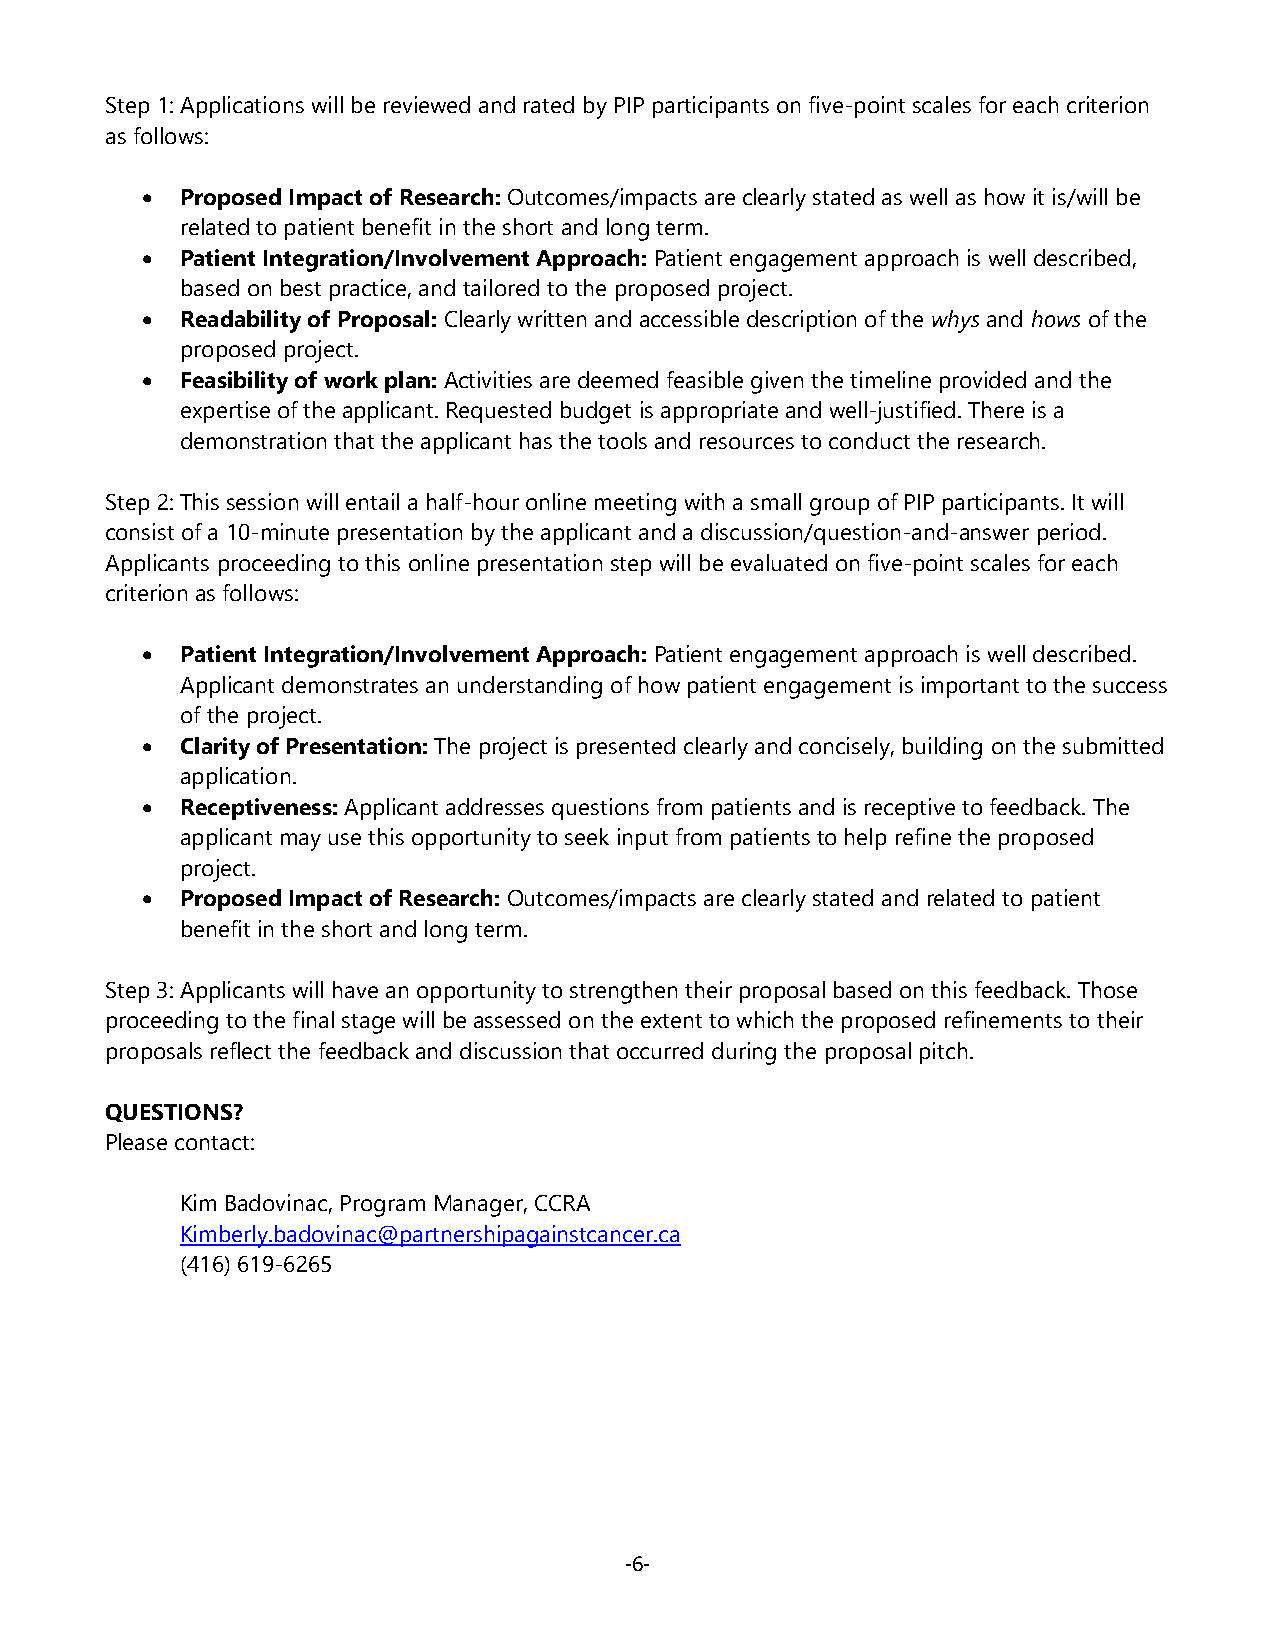
Step 1: Applications will be reviewed and rated by PIP participants on five-point scales for each criterion
 as follows:
 •  Proposed Impact of Research: Outcomes/impacts are clearly stated as well as how it is/will be
 related to patient benefit in the short and long term.
 •  Patient Integration/Involvement Approach: Patient engagement approach is well described,
 based on best practice, and tailored to the proposed project.
 •  Readability of Proposal: Clearly written and accessible description of the whys and hows of the
 proposed project.
 •  Feasibility of work plan: Activities are deemed feasible given the timeline provided and the
 expertise of the applicant. Requested budget is appropriate and well-justified. There is a
 demonstration that the applicant has the tools and resources to conduct the research.
 Step 2: This session will entail a half-hour online meeting with a small group of PIP participants. It will
 consist of a 10-minute presentation by the applicant and a discussion/question-and-answer period.
 Applicants proceeding to this online presentation step will be evaluated on five-point scales for each
 criterion as follows:
 •  Patient Integration/Involvement Approach: Patient engagement approach is well described.
 Applicant demonstrates an understanding of how patient engagement is important to the success
 of the project.
 •  Clarity of Presentation: The project is presented clearly and concisely, building on the submitted
 application.
 •  Receptiveness: Applicant addresses questions from patients and is receptive to feedback. The
 applicant may use this opportunity to seek input from patients to help refine the proposed
 project.
 •  Proposed Impact of Research: Outcomes/impacts are clearly stated and related to patient
 benefit in the short and long term.
 Step 3: Applicants will have an opportunity to strengthen their proposal based on this feedback. Those
 proceeding to the final stage will be assessed on the extent to which the proposed refinements to their
 proposals reflect the feedback and discussion that occurred during the proposal pitch.
 QUESTIONS?
 Please contact:
 Kim Badovinac, Program Manager, CCRA
 Kimberly.badovinac@partnershipagainstcancer.ca
 (416) 619-6265
 ‐6‐